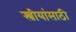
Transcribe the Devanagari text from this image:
स्त्रीयांसाठी